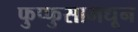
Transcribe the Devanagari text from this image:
फुप्फुसामधून